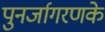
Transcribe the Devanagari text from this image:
पुनर्जागरणके